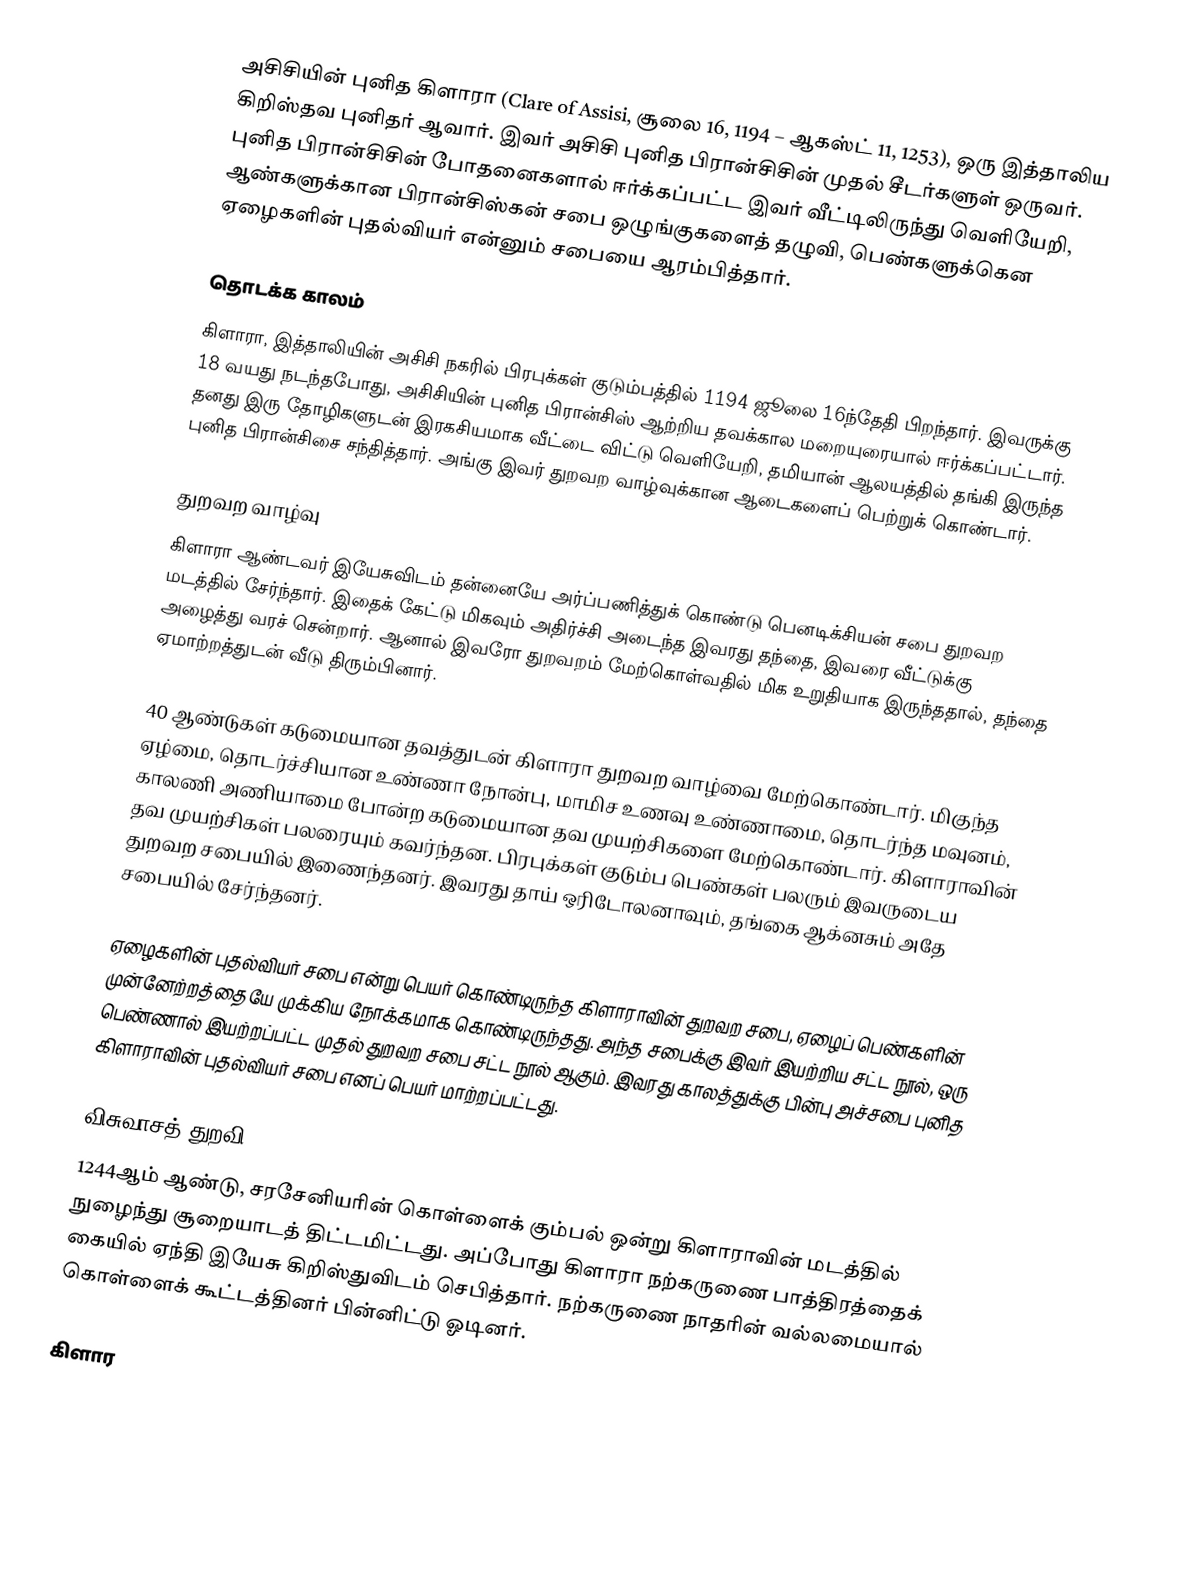
அசிசியின் புனித கிளாரா (Clare of Assisi, சூலை 16, 1194 – ஆகஸ்ட் 11, 1253), ஒரு இத்தாலிய கிறிஸ்தவ புனிதர் ஆவார். இவர் அசிசி புனித பிரான்சிசின் முதல் சீடர்களுள் ஒருவர். புனித பிரான்சிசின் போதனைகளால் ஈர்க்கப்பட்ட இவர் வீட்டிலிருந்து வெளியேறி, ஆண்களுக்கான பிரான்சிஸ்கன் சபை ஒழுங்குகளைத் தழுவி, பெண்களுக்கென ஏழைகளின் புதல்வியர் என்னும் சபையை ஆரம்பித்தார்.

தொடக்க காலம்
கிளாரா, இத்தாலியின் அசிசி நகரில் பிரபுக்கள் குடும்பத்தில் 1194 ஜூலை 16ந்தேதி பிறந்தார். இவருக்கு 18 வயது நடந்தபோது, அசிசியின் புனித பிரான்சிஸ் ஆற்றிய தவக்கால மறையுரையால் ஈர்க்கப்பட்டார். தனது இரு தோழிகளுடன் இரகசியமாக வீட்டை விட்டு வெளியேறி, தமியான் ஆலயத்தில் தங்கி இருந்த புனித பிரான்சிசை சந்தித்தார். அங்கு இவர் துறவற வாழ்வுக்கான ஆடைகளைப் பெற்றுக் கொண்டார்.

துறவற வாழ்வு
கிளாரா ஆண்டவர் இயேசுவிடம் தன்னையே அர்ப்பணித்துக் கொண்டு பெனடிக்சியன் சபை துறவற மடத்தில் சேர்ந்தார். இதைக் கேட்டு மிகவும் அதிர்ச்சி அடைந்த இவரது தந்தை, இவரை வீட்டுக்கு அழைத்து வரச் சென்றார். ஆனால் இவரோ துறவறம் மேற்கொள்வதில் மிக உறுதியாக இருந்ததால், தந்தை ஏமாற்றத்துடன் வீடு திரும்பினார்.

40 ஆண்டுகள் கடுமையான தவத்துடன் கிளாரா துறவற வாழ்வை மேற்கொண்டார். மிகுந்த ஏழ்மை, தொடர்ச்சியான உண்ணா நோன்பு, மாமிச உணவு உண்ணாமை, தொடர்ந்த மவுனம், காலணி அணியாமை போன்ற கடுமையான தவ முயற்சிகளை மேற்கொண்டார். கிளாராவின் தவ முயற்சிகள் பலரையும் கவர்ந்தன. பிரபுக்கள் குடும்ப பெண்கள் பலரும் இவருடைய துறவற சபையில் இணைந்தனர். இவரது தாய் ஒரிடோலனாவும், தங்கை ஆக்னசும் அதே சபையில் சேர்ந்தனர்.

ஏழைகளின் புதல்வியர் சபை என்று பெயர் கொண்டிருந்த கிளாராவின் துறவற சபை, ஏழைப் பெண்களின் முன்னேற்றத்தையே முக்கிய நோக்கமாக கொண்டிருந்தது. அந்த சபைக்கு இவர் இயற்றிய சட்ட நூல், ஒரு பெண்ணால் இயற்றப்பட்ட முதல் துறவற சபை சட்ட நூல் ஆகும். இவரது காலத்துக்கு பின்பு அச்சபை புனித கிளாராவின் புதல்வியர் சபை எனப் பெயர் மாற்றப்பட்டது.

விசுவாசத் துறவி
1244ஆம் ஆண்டு, சரசேனியரின் கொள்ளைக் கும்பல் ஒன்று கிளாராவின் மடத்தில் நுழைந்து சூறையாடத் திட்டமிட்டது. அப்போது கிளாரா நற்கருணை பாத்திரத்தைக் கையில் ஏந்தி இயேசு கிறிஸ்துவிடம் செபித்தார். நற்கருணை நாதரின் வல்லமையால் கொள்ளைக் கூட்டத்தினர் பின்னிட்டு ஓடினர்.

கிளார